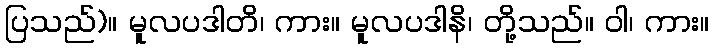
ပြသည်)။ မူလပဒါတိ၊ ကား။ မူလပဒါနိ၊ တို့သည်။ ဝါ၊ ကား။